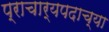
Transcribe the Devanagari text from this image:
प्राचार्यपदाच्या